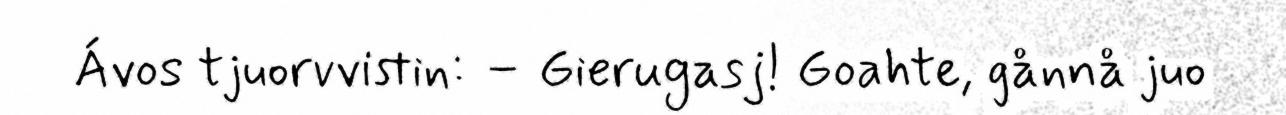
Ávos tjuorvvistin: – Gierugasj! Goahte, gånnå juo